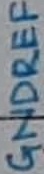
Text: GNDREF